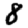
Digit: 8